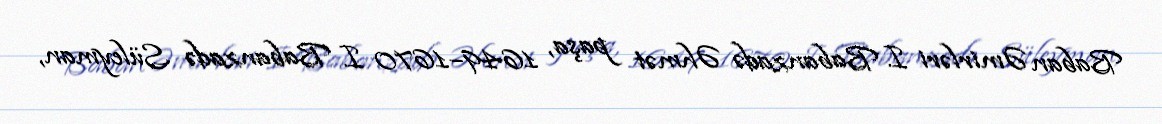
Baban Əmirləri I. Babanzadə Əhmət paşa, 1649–1670 I. Babanzadə Süleyman,